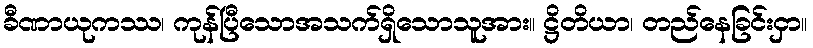
ခီဏာယုကဿ၊ ကုန်ပြီသောအသက်ရှိသောသူအား။ ဋ္ဌိတိယာ၊ တည်နေခြင်းငှာ။